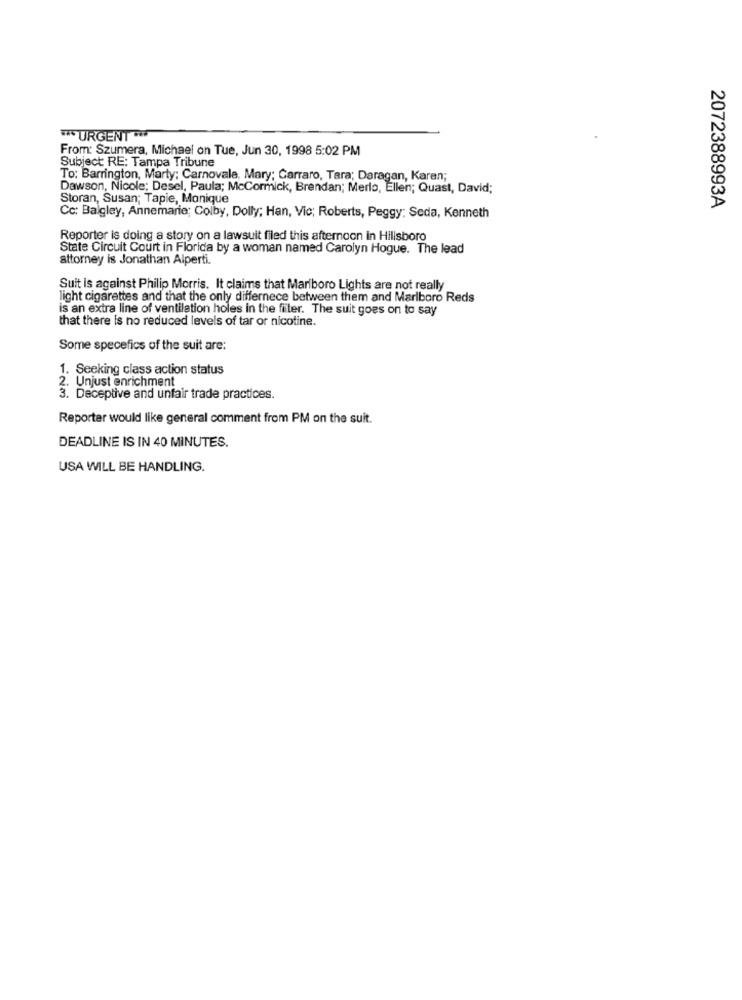
*** URGENTE
From: Szumera, Michael on Tue, Jun 30, 1998 5:02 PM
Subject RE: Tampa Tribune
To: Barrington, Marty; Carnovale, Mary; Carraro, Tara; Daragan, Karen;
Dawson, Nicole; Desel, Paula; McCormick, Brendan; Merlo, Ellen; Quast, David;
Storan, Susan; Tapie, Monique
2072388993A
Cc: Balgley, Annemarie; Colby, Dolly; Han, Vic; Roberts, Peggy; Seda, Kenneth
Reporter is doing a story on a lawsuit filed this afternoon in Hillsboro
State Circuit Court in Florida by a woman named Carolyn Hogue. The lead
attorney is Jonathan Alperti.
Suit is against Philip Morris. It claims that Marlboro Lights are not really
light cigarettes and that the only differnece between them and Marlboro Reds
is an extra line of ventilation holes in the filter. The suit goes on to say
that there is no reduced levels of tar or nicotine.
Some specefics of the suit are:
1. Seeking class action status
2. Unjust enrichment
3. Deceptive and unfair trade practices.
Reporter would like general comment from PM on the suit.
DEADLINE IS IN 40 MINUTES.
USA WILL BE HANDLING.